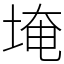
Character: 埯